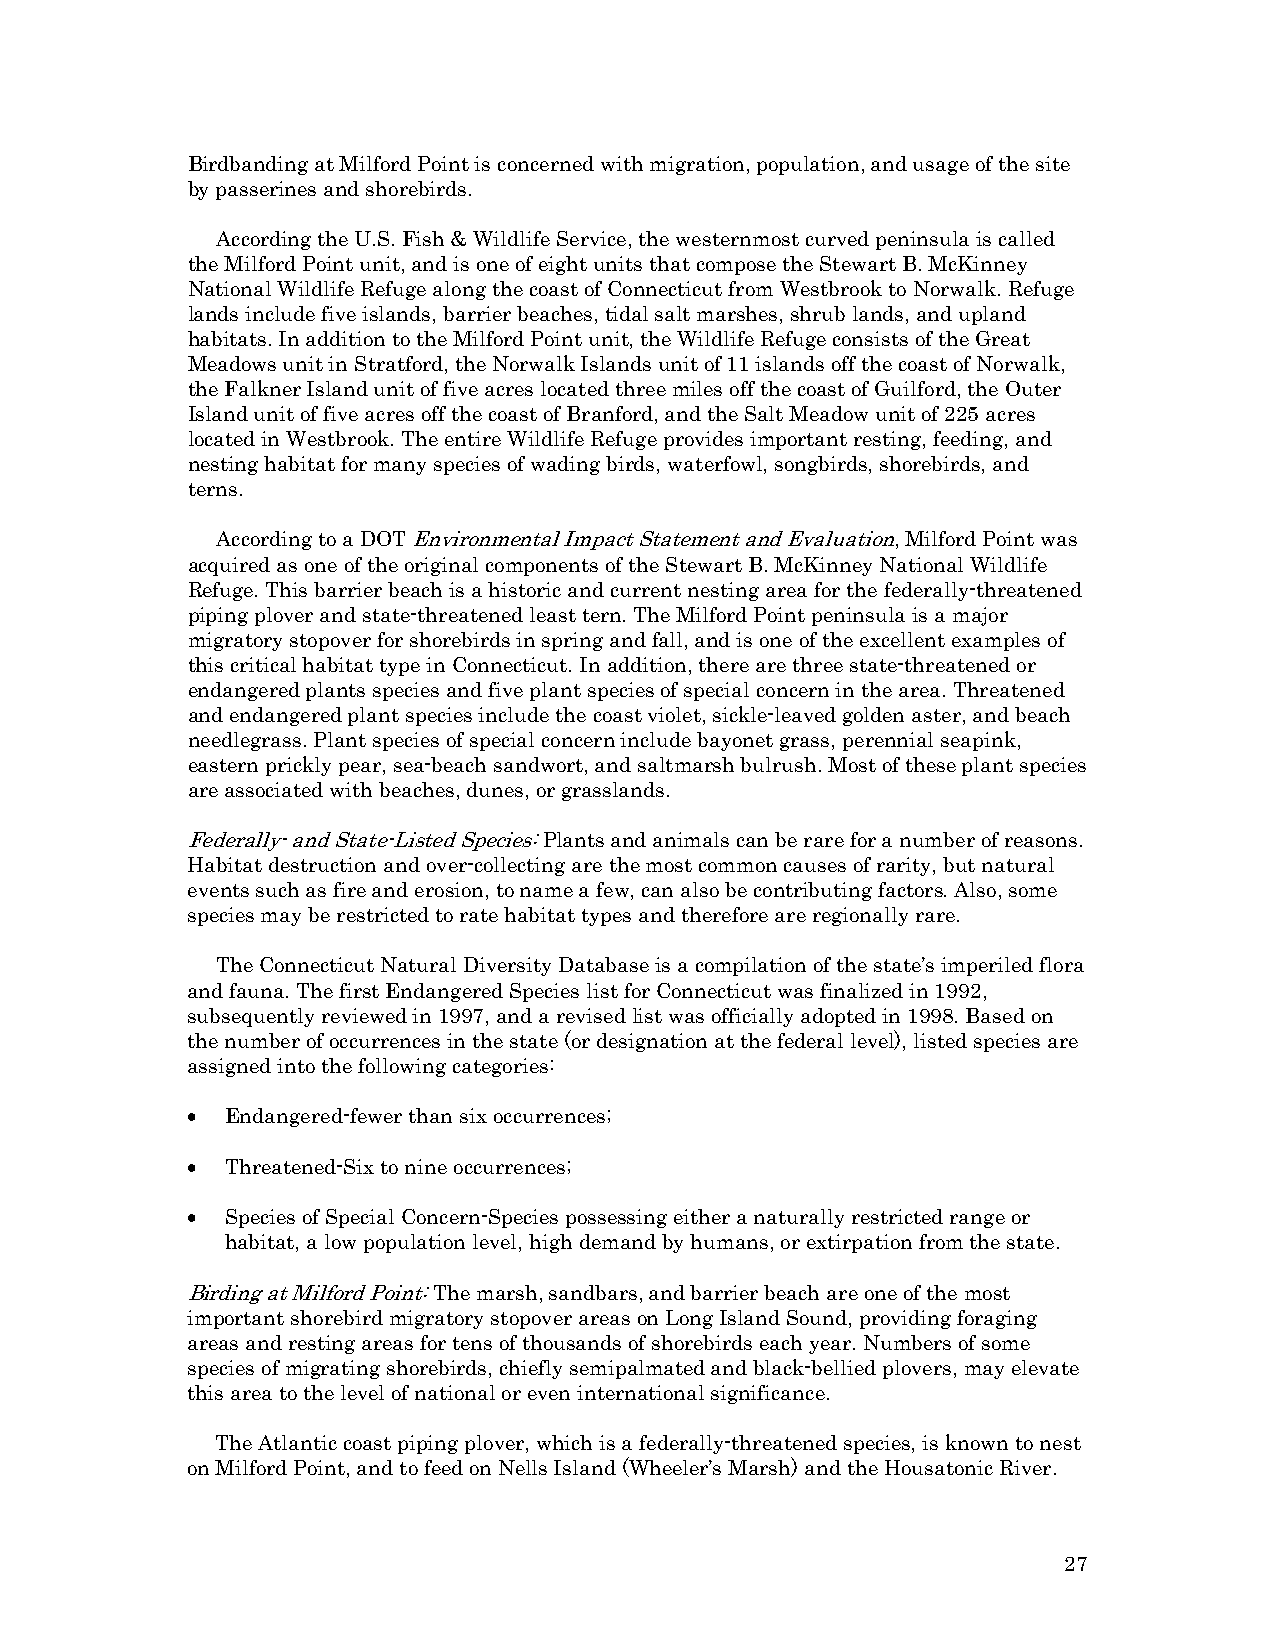
Birdbanding at Milford Point is concerned with migration, population, and usage of the site
 by passerines and shorebirds.
 According the U.S. Fish & Wildlife Service, the westernmost curved peninsula is called
 the Milford Point unit, and is one of eight units that compose the Stewart B. McKinney
 National Wildlife Refuge along the coast of Connecticut from Westbrook to Norwalk. Refuge
 lands include five islands, barrier beaches, tidal salt marshes, shrub lands, and upland
 habitats. In addition to the Milford Point unit, the Wildlife Refuge consists of the Great
 Meadows unit in Stratford, the Norwalk Islands unit of 11 islands off the coast of Norwalk,
 the Falkner Island unit of five acres located three miles off the coast of Guilford, the Outer
 Island unit of five acres off the coast of Branford, and the Salt Meadow unit of 225 acres
 located in Westbrook. The entire Wildlife Refuge provides important resting, feeding, and
 nesting habitat for many species of wading birds, waterfowl, songbirds, shorebirds, and
 terns.
 According to a DOT Environmental Impact Statement and Evaluation, Milford Point was
 acquired as one of the original components of the Stewart B. McKinney National Wildlife
 Refuge. This barrier beach is a historic and current nesting area for the federally-threatened
 piping plover and state-threatened least tern. The Milford Point peninsula is a major
 migratory stopover for shorebirds in spring and fall, and is one of the excellent examples of
 this critical habitat type in Connecticut. In addition, there are three state-threatened or
 endangered plants species and five plant species of special concern in the area. Threatened
 and endangered plant species include the coast violet, sickle-leaved golden aster, and beach
 needlegrass. Plant species of special concern include bayonet grass, perennial seapink,
 eastern prickly pear, sea-beach sandwort, and saltmarsh bulrush. Most of these plant species
 are associated with beaches, dunes, or grasslands.
 Federally- and State-Listed Species: Plants and animals can be rare for a number of reasons.
 Habitat destruction and over-collecting are the most common causes of rarity, but natural
 events such as fire and erosion, to name a few, can also be contributing factors. Also, some
 species may be restricted to rate habitat types and therefore are regionally rare.
 The Connecticut Natural Diversity Database is a compilation of the state’s imperiled flora
 and fauna. The first Endangered Species list for Connecticut was finalized in 1992,
 subsequently reviewed in 1997, and a revised list was officially adopted in 1998. Based on
 the number of occurrences in the state (or designation at the federal level), listed species are
 assigned into the following categories:
 •  Endangered-fewer than six occurrences;
 •  Threatened-Six to nine occurrences;
 •  Species of Special Concern-Species possessing either a naturally restricted range or
 habitat, a low population level, high demand by humans, or extirpation from the state.
 Birding at Milford Point: The marsh, sandbars, and barrier beach are one of the most
 important shorebird migratory stopover areas on Long Island Sound, providing foraging
 areas and resting areas for tens of thousands of shorebirds each year. Numbers of some
 species of migrating shorebirds, chiefly semipalmated and black-bellied plovers, may elevate
 this area to the level of national or even international significance.
 The Atlantic coast piping plover, which is a federally-threatened species, is known to nest
 on Milford Point, and to feed on Nells Island (Wheeler’s Marsh) and the Housatonic River.
 27